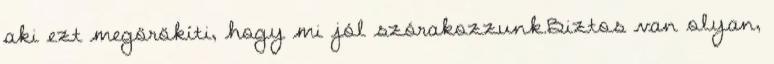
aki ezt megörökíti, hogy mi jól szórakozzunk.Biztos van olyan,